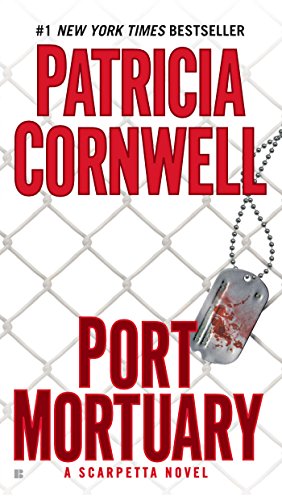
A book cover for Port Mortuary (Kay Scarpetta); Patricia Cornwell; Mystery, Thriller & Suspense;